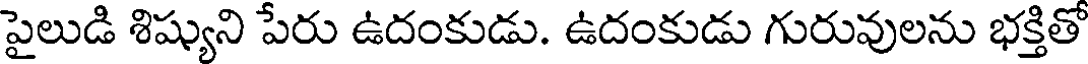
పైలుడి శిష్యుని పేరు ఉదంకుడు. ఉదంకుడు గురువులను భక్తితో